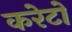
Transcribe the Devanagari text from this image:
करेटो